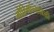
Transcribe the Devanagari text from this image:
मोहिमांच्यावेळी